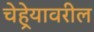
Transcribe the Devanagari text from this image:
चेहेर्‍यावरील